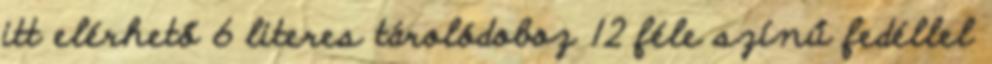
itt elérhető 6 literes tárolódoboz 12 féle színű fedéllel